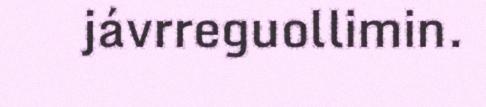
jávrreguollimin.